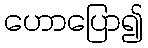
ဟောပြော၍